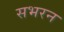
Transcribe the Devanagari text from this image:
सभरन